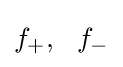
f_{+},\,\,\ f_{-}